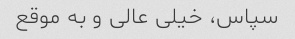
سپاس، خیلی عالی و به موقع